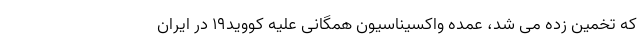
که تخمین زده می شد، عمده واکسیناسیون همگانی علیه کووید۱۹ در ایران